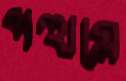
পত্থমে